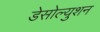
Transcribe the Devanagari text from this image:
डेसोल्युशन